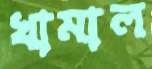
খামাল